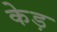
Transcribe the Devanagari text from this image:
केड़